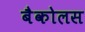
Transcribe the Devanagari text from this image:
बैकोलस